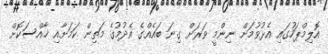
އޮލިމްޕަހުގައި އެޅުވުމަށް ނިންމީ ވަރަށް ގިނަ ބައެއްގެ އެދުމުގެ މަތިން ކަމަށާއި ޚާއްސަކޮށް